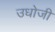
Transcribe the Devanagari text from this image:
उधोजी